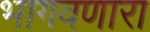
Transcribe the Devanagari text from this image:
भागवणारा